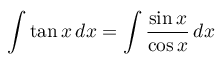
\int \tan x \, d x = \int { \frac { \sin x } { \cos x } } \, d x